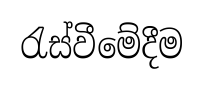
රැස්වීමේදීම